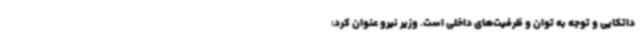
داتکایی و توجه به توان و ظرفیت‌های داخلی است. وزیر نیرو عنوان کرد: